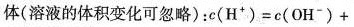
体(溶液的体积变化可忽略)：$$c (H^{+}) = c (O H^{-}) +